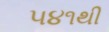
૫૪૧થી